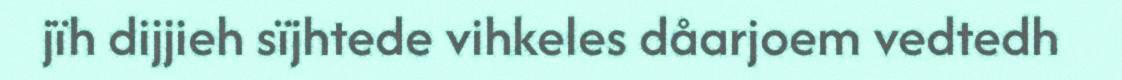
jïh dijjieh sïjhtede vihkeles dåarjoem vedtedh